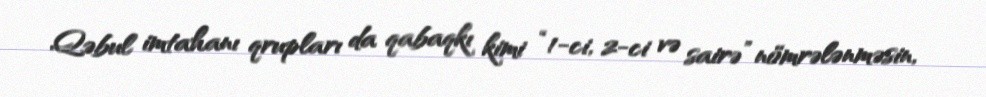
Qəbul imtahanı qrupları da qabaqkı kimi “1-ci, 2-ci və sairə” nömrələnməsin,